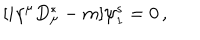
LaTeX: [ i \gamma ^ { \mu } D _ { \mu } ^ { \ast } - m ] \psi _ { 1 } ^ { s } = 0 \, , \,